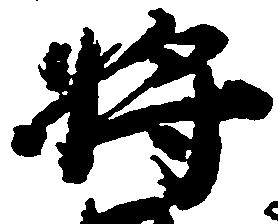
将